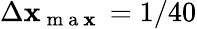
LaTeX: \Delta\mathbf{x}_{\mathrm{{~m~a~\mathbf{x}~}}}=1/40